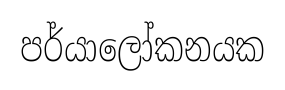
පර්යාලෝකනයක